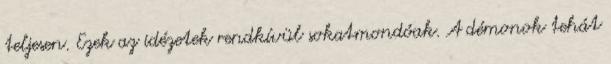
teljesen. Ezek az idézetek rendkívül sokatmondóak. A démonok tehát